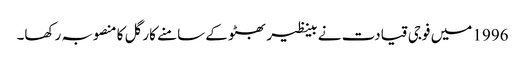
1996 میں فوجی قیادت نے بینظیر بھٹو کے سامنے کارگل کا منصوبہ رکھا۔